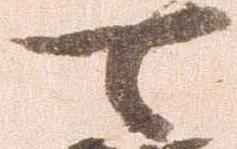
可